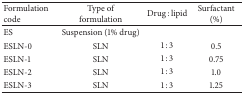
<table><thead><tr><td><b>Formulation code</b></td><td><b>Type of formulation</b></td><td><b>Drug : lipid</b></td><td><b>Surfactant (%)</b></td></tr></thead><tbody><tr><td>ES</td><td>Suspension (1% drug)</td><td> </td><td> </td></tr><tr><td>ESLN-0</td><td>SLN</td><td>1 : 3</td><td>0.5</td></tr><tr><td>ESLN-1</td><td>SLN</td><td>1 : 3</td><td>0.75</td></tr><tr><td>ESLN-2</td><td>SLN</td><td>1 : 3</td><td>1.0</td></tr><tr><td>ESLN-3</td><td>SLN</td><td>1 : 3</td><td>1.25</td></tr></tbody></table>